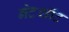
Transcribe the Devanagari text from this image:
नेटशॉट